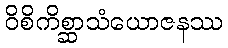
ဝိစိကိစ္ဆာသံယောဇနဿ